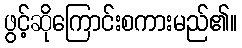
ဖွင့်ဆိုကြောင်းစကားမည်၏။